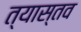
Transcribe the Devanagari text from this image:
त्यास्तव